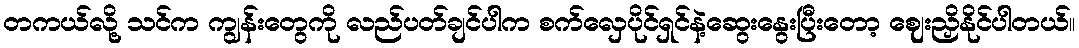
တကယ်လို့ သင်က ကျွန်းတွေကို လည်ပတ်ချင်ပါက စက်လှေပိုင်ရှင်နဲ့ဆွေးနွေးပြီးတော့ ဈေးညှိနိုင်ပါတယ်။